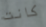
كانت